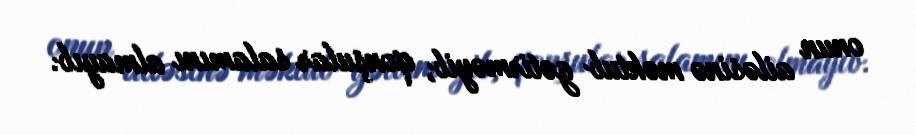
onun ailəsinə məktub gətirməyib, qonşular salamını almayıb.